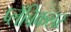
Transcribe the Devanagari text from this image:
प्लँबिकलर